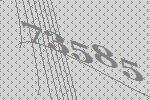
73585